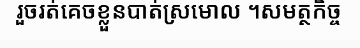
រួចរត់គេចខ្លួនបាត់ស្រមោល ។សមត្ថកិច្ច